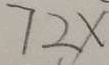
7 2 \times